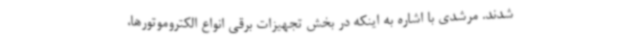
شدند. مرشدی با اشاره به اینکه در بخش تجهیزات برقی انواع الکتروموتورها،